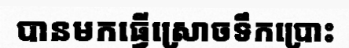
បានមកធ្វើស្រោចទឹកប្រោះ